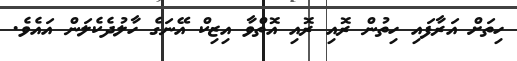
ހިތަށް އަރާފައި ހިތުން ރޮއި ރޮއި އޮތްވާ އިޒިކް އޭނަގެ ހާލުދެކެލަން އައެވެ.